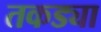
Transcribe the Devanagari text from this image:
तकड्या